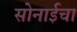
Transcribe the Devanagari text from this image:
सोनाईचा